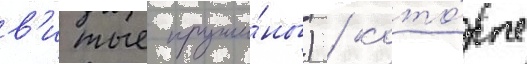
в'итые пружи́ны) / кото́рые